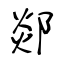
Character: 郯